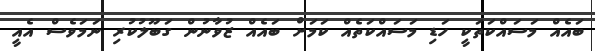
ބައެއް މަސައްކަތަކީ ހަޑި މަސައްކަތެއް ކަމަށް ބައެއް ޒުވާނުން ގަބޫލުކުރި ނަމަވެސް އެއީ